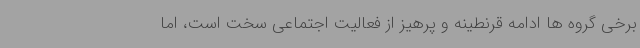
برخی گروه ها ادامه قرنطینه و پرهیز از فعالیت اجتماعی سخت است، اما